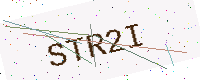
Text: STR2I